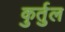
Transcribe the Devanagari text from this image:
कुर्तुल